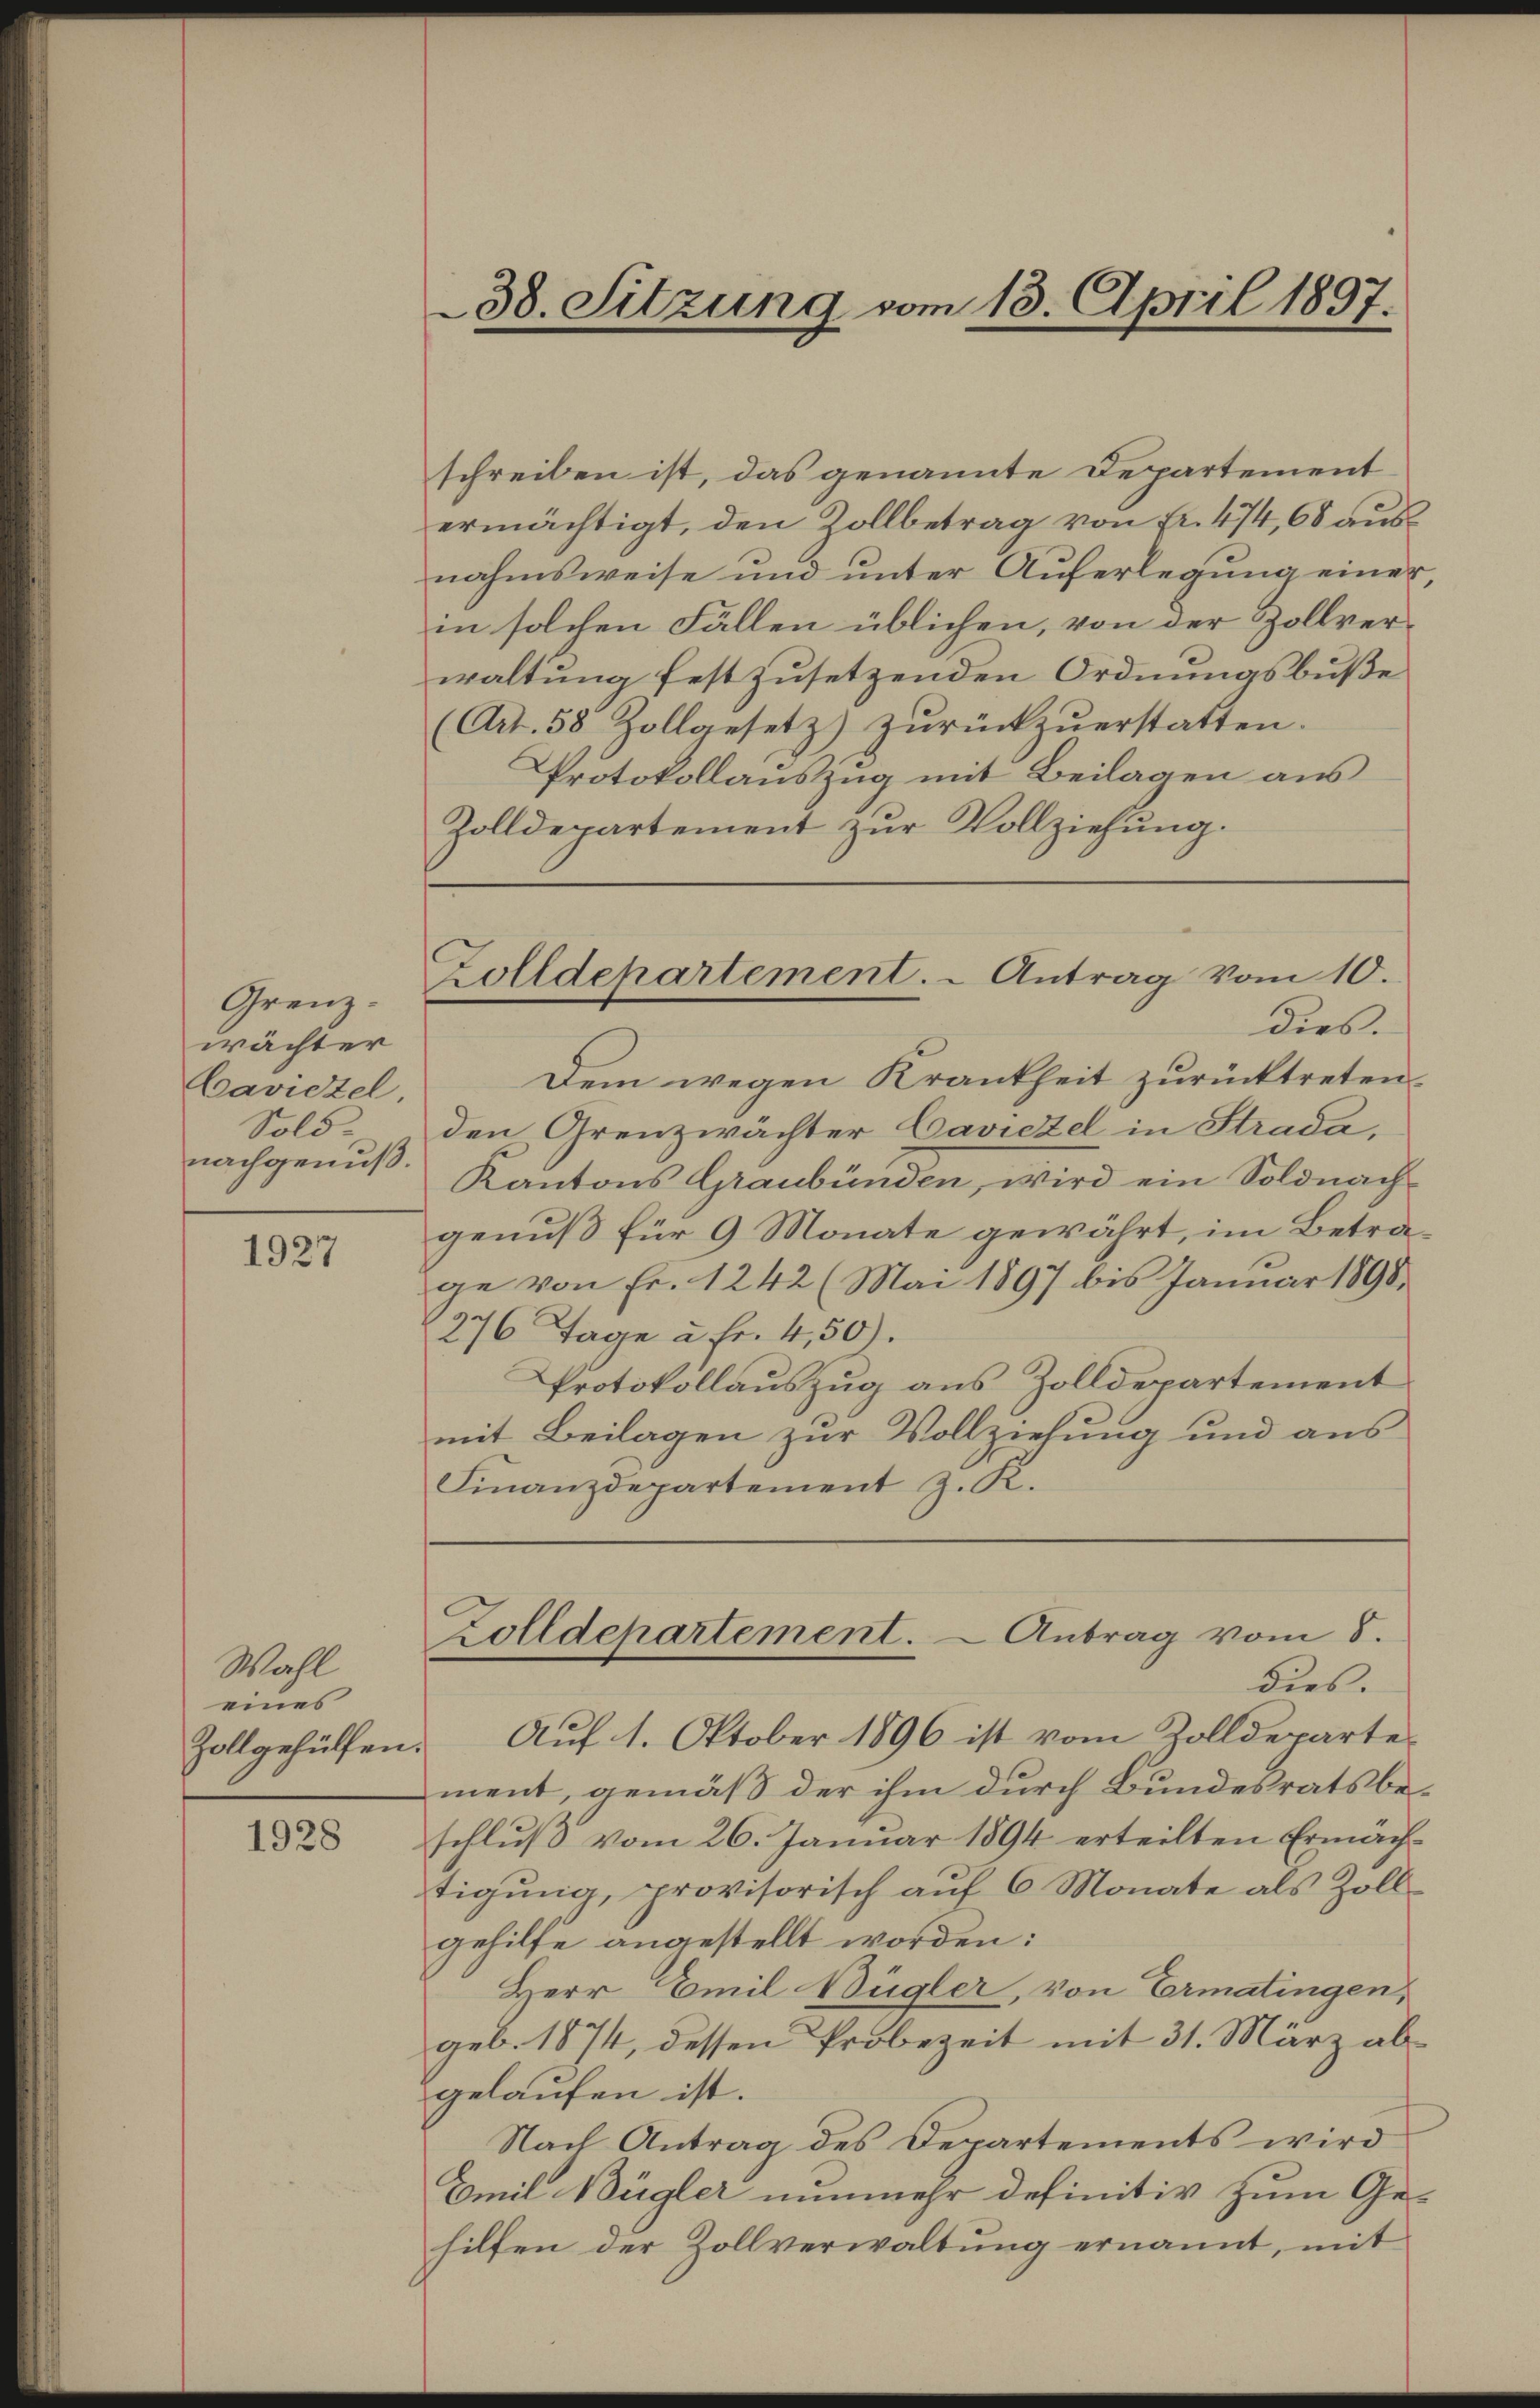
Grenz.
wächter
Caviezel
Sold
nachgenuß.

1927

Wall
eines

1928

38. Sitzung vom 13. April 1897.

schreiben ist, das genannte Departement
ermächtigt, den Zollbetrag von Fr. 474, 68 aus
nahmsweise und ŭnter Aŭferlegŭng einer
in solchen Fällen üblichen, von der Zollverwaltung festzusetzenden Ordnungsbuße
(Art. 58, Zollgesetz) zŭrückzŭerstatten.
Protokollauszug mit Beilagen aus
Zolldepartement zur Vollziehung.
Zolldepartement. - Antrag vom 10.
dies.
Dem wegen Krankheit zurücktreten.
den Grenzwächter Caviezel in Strada,
Kantons Graubünden, wird ein Soldnachgenuß für 9 Monate gewährt, im Betra
ge von Fr. 1242 (Mai 1897 bis Januar 1898.
276 Tage u. fr. 4,50).
Protokollauszug aus Zolldepartement
mit Beilagen zur Vollziehung und aus
Finanzdepartement z. K.

ment, gemäß der ihm durch Bundesratsbeschlŭβ vom 26. Januar 1894 erteilten Ermäch-
tigung, provisorisch auf 6 Monate als Zollgehilfe angestellt worden:
Herr Emil Bügler, von Ermatingen,
geb. 1874, dessen Probezeit mit 31. März abgelaufen ist.
Nach Antrag des Departements wird
Emil Bügler nunmehr definitiv zum Ge-
hilfen der Zollverwaltŭng ernannt, mit

Zolldepartement. Antrag vom 8.
dies.
Zollgehülfen. Aŭf 1. Oktober 1896 ist vom Zolldeparte